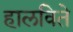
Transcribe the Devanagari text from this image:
हालविते